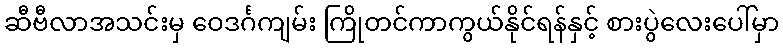
ဆီဗီလာအသင်းမှ ဝေဒင်္ဂကျမ်း ကြိုတင်ကာကွယ်နိုင်ရန်နှင့် စားပွဲလေးပေါ်မှာ